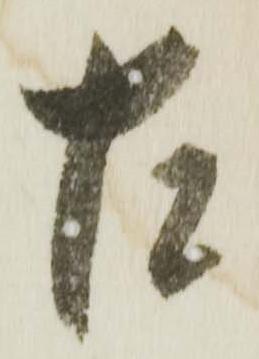
左